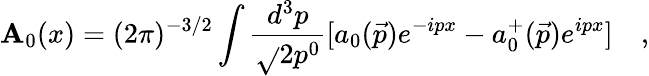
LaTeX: \mathbf{A}_{0}(x)=(2\pi)^{-3/2}\int\frac{{d^{3}p}}{{\sqrt{}{{2p^{0}}}}}[a_{0}(\vec{{p}})e^{-ipx}-a_{0}^{+}(\vec{{p}})e^{ipx}]\quad,